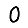
Digit: 0